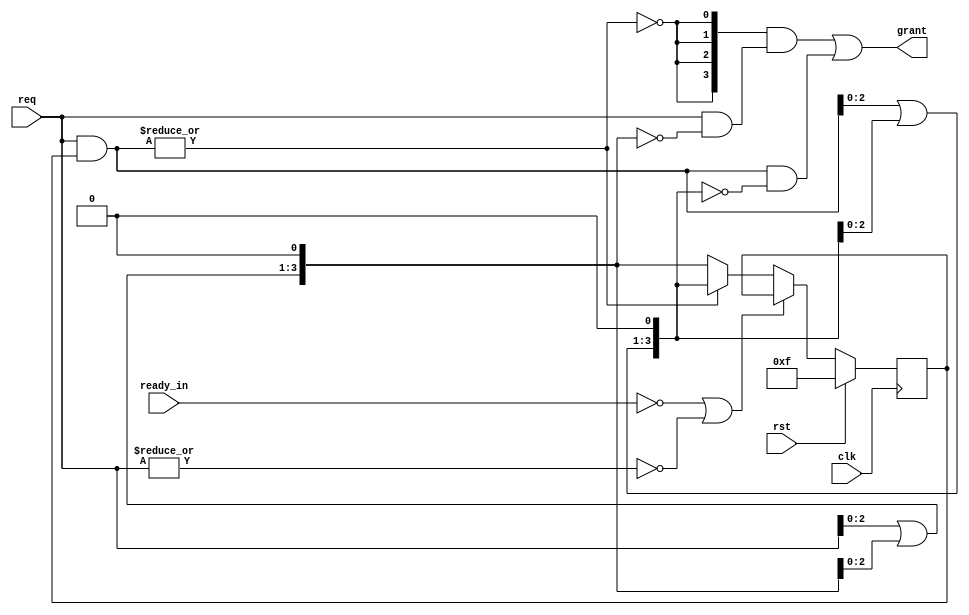
module round_robin
#(
	parameter REQ_WIDTH = 4
)
(
	input 					clk,
	input 					rst,
	input 					ready_in,
	input 	[REQ_WIDTH-1:0] req,
	output 	[REQ_WIDTH-1:0] grant
);

	wire [REQ_WIDTH-1:0] req_masked;
	wire [REQ_WIDTH-1:0] mask_pre_req;
	wire [REQ_WIDTH-1:0] mask_grant;
	wire [REQ_WIDTH-1:0] unmask_pre_req;
	wire [REQ_WIDTH-1:0] unmask_grant;
	reg  [REQ_WIDTH-1:0] pre_req;
	wire flag;
	
	//Fixed arbiter with input request masked
	assign req_masked = req & pre_req;
	assign mask_pre_req[0] = 1'b0;
	assign mask_pre_req[REQ_WIDTH-1:1] = req_masked[REQ_WIDTH-2:0] | mask_pre_req[REQ_WIDTH-2:0];
	assign mask_grant = req_masked & ~mask_pre_req;
	
	//Fixed arbiter with input req unmasked
	assign unmask_pre_req[0] = 1'b0;
	assign unmask_pre_req[REQ_WIDTH-1:1] = req[REQ_WIDTH-2:0] | unmask_pre_req[REQ_WIDTH-2:0];
	assign unmask_grant = req & ~unmask_pre_req;
	
	//Use mask_grant if mask_grant != 0, otherwise use unmask_grant.
	// if req_masked == 0, flag = 1, otherwise flag = 0
	assign flag  = ~(|req_masked);
	assign grant = ({REQ_WIDTH{flag}} & unmask_grant) | mask_grant;
	
	//Update pre_req
	always @(posedge clk) begin
		if (rst) 
			pre_req <= {REQ_WIDTH{1'b1}};
		else if (!ready_in || !(|req))
			pre_req <= pre_req;
		else begin
			if (|req_masked) //Use mask_grant
				pre_req <= mask_pre_req;
			else
				pre_req <= unmask_pre_req;
		end
	end
	
endmodule